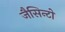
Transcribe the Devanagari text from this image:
जैसिन्टो